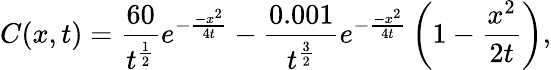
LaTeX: C(x,t)=\frac{60}{t^{\frac{1}{2}}}e^{-\frac{-x^{2}}{4t}}-\frac{0.001}{t^{\frac{3}{2}}}e^{-\frac{-x^{2}}{4t}}\left(1-\frac{x^{2}}{2t}\right),